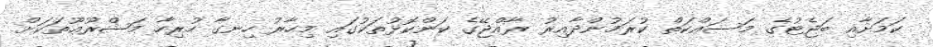
ކަމަށާއި ބަޖެޓުގެ މަސައްކަތް ކުރަމުންދާއިރު ރާއްޖޭގެ ކަންކޮޅުތަކުގައި މިހާރު ހިނގާ ހުރިހާ މަޝްރޫޢޫތަކަށް